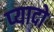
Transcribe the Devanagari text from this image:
प्‍यादो